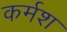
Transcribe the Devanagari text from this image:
कर्मश